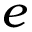
e